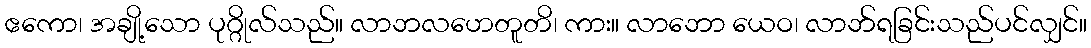
ဧကော၊ အချို့သော ပုဂ္ဂိုလ်သည်။ လာဘလဟေတူတိ၊ ကား။ လာဘော ယေဝ၊ လာဘ်ရခြင်းသည်ပင်လျှင်။